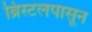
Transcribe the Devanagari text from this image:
ब्रिस्टलपासून